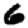
Digit: 6